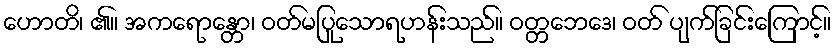
ဟောတိ၊ ၏။ အကရောန္တော၊ ဝတ်မပြုသောရဟန်းသည်။ ဝတ္တဘေဒေ၊ ဝတ် ပျက်ခြင်းကြောင့်။